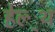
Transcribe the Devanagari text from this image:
हेल्‍्थ